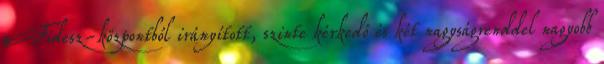
a Fidesz-központból irányított, szinte kérkedő és két nagyságrenddel nagyobb